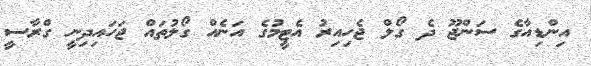
އިންޑިއާގެ ސަންޖޫ ދެ ގޯލް ޖެހިއިރު އެޓީމުގެ އަނެއް ގޯލުތައް ޖަހައިދިނީ ގްރާސީ